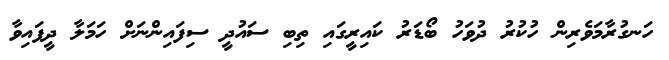
ހަނގުރާމަވެރިން ހުކުރު ދުވަހު ބޯޑަރު ކައިރީގައި ތިބި ސައުދީ ސިފައިންނަށް ހަމަލާ ދީފައިވާ